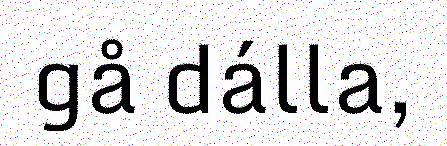
gå dálla,